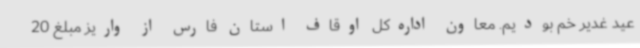
عید غدیر خم بودیم. معاون اداره‌کل اوقاف استان فارس از واریز مبلغ 20